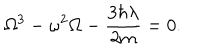
LaTeX: \Omega ^ { 3 } - \omega ^ { 2 } \Omega - \frac { 3 \hbar \lambda } { 2 m } = 0 .